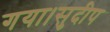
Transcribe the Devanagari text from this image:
गया।सुदीप